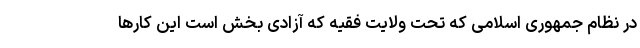
در نظام جمهوری اسلامی که تحت ولایت فقیه که آزادی بخش است این کارها